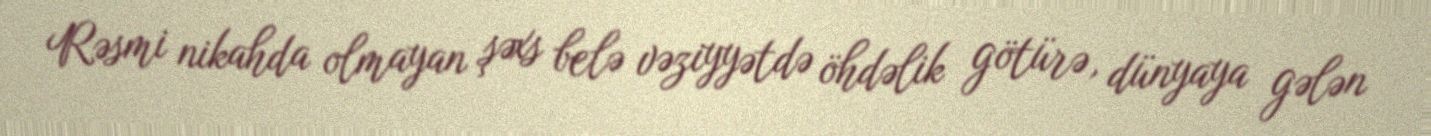
Rəsmi nikahda olmayan şəxs belə vəziyyətdə öhdəlik götürə, dünyaya gələn